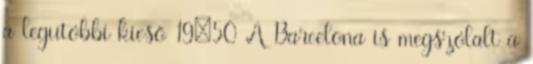
a legutóbbi kieső 19:50 A Barcelona is megszólalt a